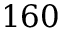
1 6 0